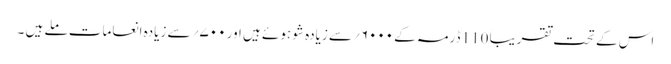
اس کے تحت تقریباً 110 ڈرمہ کے ۶۰۰۰؍سے زیادہ شو ہوئے ہیں اور ۷۰۰؍ سے زیادہ انعامات ملے ہیں ۔